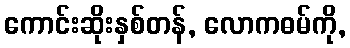
ကောင်းဆိုးနှစ်တန်, လောကဓမ်ကို,